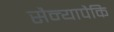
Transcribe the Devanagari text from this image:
सैन्यापैकि